Piroplasma canis and its life cycle in the tick - Number 29
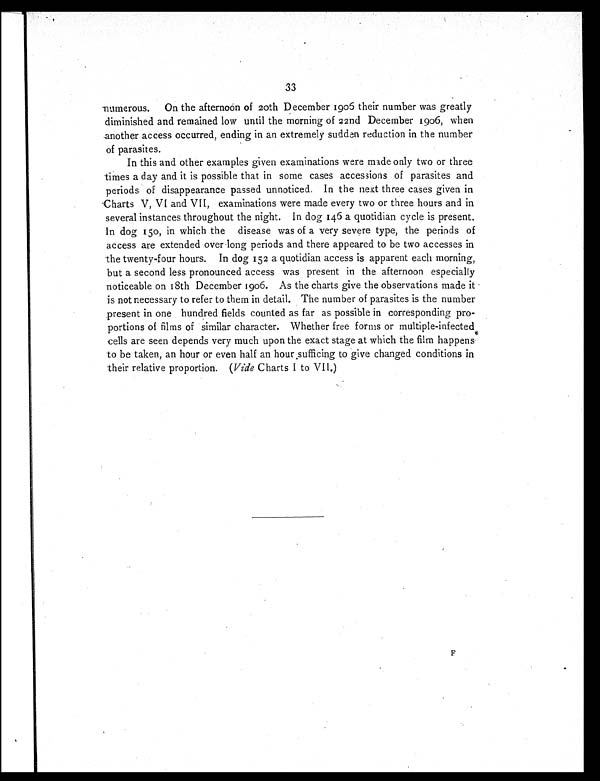
33
numerous. On the afternoon of 20th December 1905 their number was greatly
diminished and remained low until the morning of 22nd December 1906, when
another access occurred, ending in an extremely sudden reduction in the number
of parasites.
In this and other examples given examinations were made only two or three
times a day and it is possible that in some cases accessions of parasites and
periods of disappearance passed unnoticed. In the next three cases given in
Charts V, VI and VII, examinations were made every two or three hours and in
several instances throughout the night. In dog 146 a quotidian cycle is present.
In dog 150, in which the disease was of a very severe type, the periods of
access are extended over long periods and there appeared to be two accesses in
the twenty-four hours. In dog 152 a quotidian access is apparent each morning,
but a second less pronounced access was present in the afternoon especially
noticeable on 18th December 1906. As the charts give the observations made it
is not necessary to refer to them in detail. The number of parasites is the number
present in one hundred fields counted as far as possible in corresponding pro-
portions of films of similar character. Whether free forms or multiple-infected
cells are seen depends very much upon the exact stage at which the film happens
to be taken, an hour or even half an hour sufficing to give changed conditions in
their relative proportion. ( Vide Charts I to VII.)
F